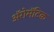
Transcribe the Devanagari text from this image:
अॅरोमॅटिक